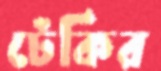
ঢেঁকির